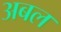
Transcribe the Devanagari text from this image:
अबल